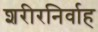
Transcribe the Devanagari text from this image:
शरीरनिर्वाह